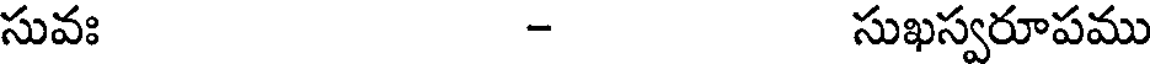
సువః - సుఖస్వరూపము